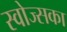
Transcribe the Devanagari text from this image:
स्वोज्सका